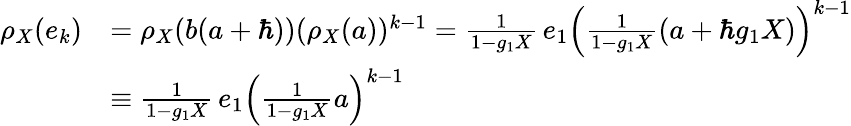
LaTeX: \begin{array}{rl}{\rho_{X}(e_{k})}&{=\rho_{X}(b(a+\hbar))(\rho_{X}(a))^{k-1}=\frac{1}{1-g_{1}X}\, e_{1}\left(\frac{1}{1-g_{1}X}(a+\hbar g_{1}X)\right)^{k-1}}\\ &{\equiv\frac{1}{1-g_{1}X}\, e_{1}\left(\frac{1}{1-g_{1}X}a\right)^{k-1}}\end{array}